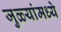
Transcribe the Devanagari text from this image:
जुळ्यांमध्ये